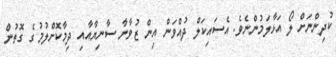
ކުދިންނަށް ލޯ އަޅާލަމުންނެވެ. އެސައިކަލް ދުއްވަން އިން ޒުވާނާ ސާނިޔާއާއި ދިމާކޮށްލުމުގެ ގޮތުން